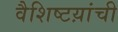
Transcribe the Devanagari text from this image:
वैशिष्टय़ांची